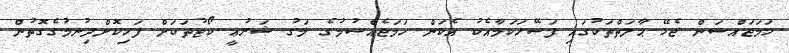
ހަމަޖައްސަން ޖެހޭ ޙާލަތްތަކުގައި ފަސޭހަކަމާއެކު އެކަން ހަމަޖެއްސުމުގެ މަގު ޝަރުޢީ ކޯޓުތަކަށް ފަހިކޮށްދިނުމުގެގޮތުން